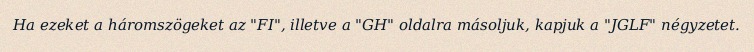
Ha ezeket a háromszögeket az "FI", illetve a "GH" oldalra másoljuk, kapjuk a "JGLF" négyzetet.